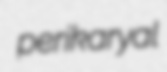
perikaryal